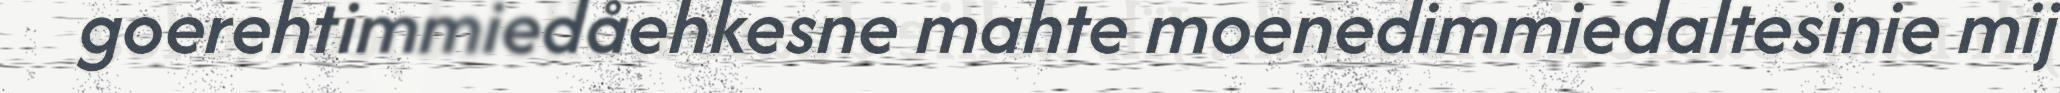
goerehtimmiedåehkesne mahte moenedimmiedaltesinie mij